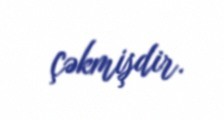
çəkmişdir.